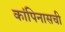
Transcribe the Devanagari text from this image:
कांपिनासची